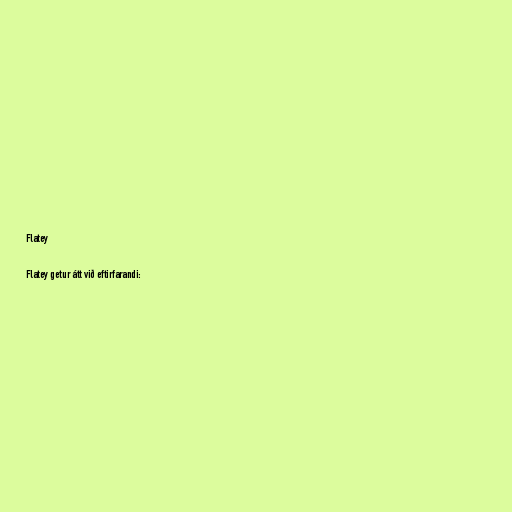
Flatey

Flatey getur átt við eftirfarandi: